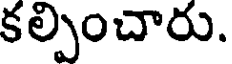
కల్పించారు.